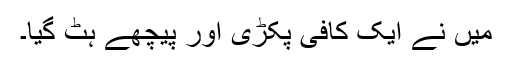
میں نے ایک کافی پکڑی اور پیچھے ہٹ گیا۔